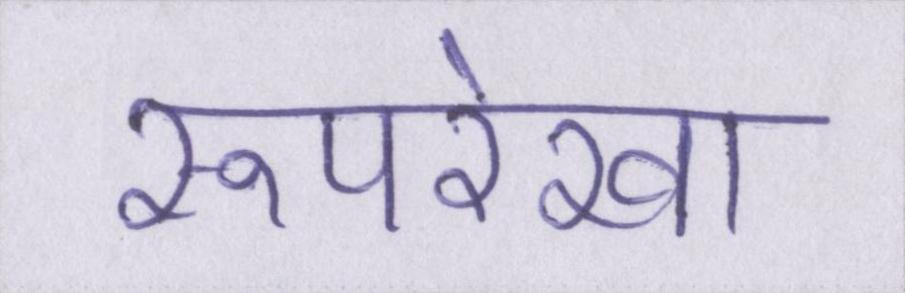
रूपरेखा